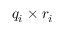
q _ { i } \times r _ { i }